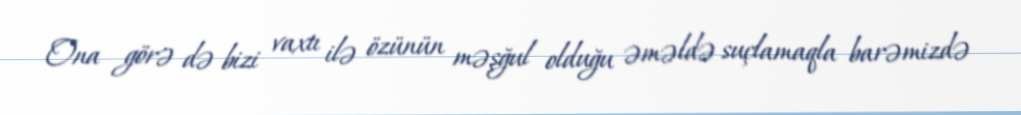
Ona görə də bizi vaxtı ilə özünün məşğul olduğu əməldə suçlamaqla barəmizdə